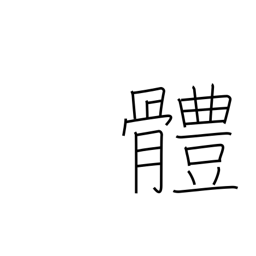
Meaning: the body